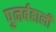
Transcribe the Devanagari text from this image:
पुनर्बहाली